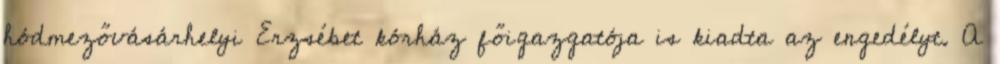
hódmezővásárhelyi Erzsébet kórház főigazgatója is kiadta az engedélyt. A